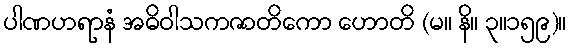
ပါဏဟရာနံ အဓိဝါသကဇာတိကော ဟောတိ (မ။ နိ။ ၃။၁၅၉)။